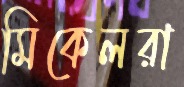
মিকেলরা